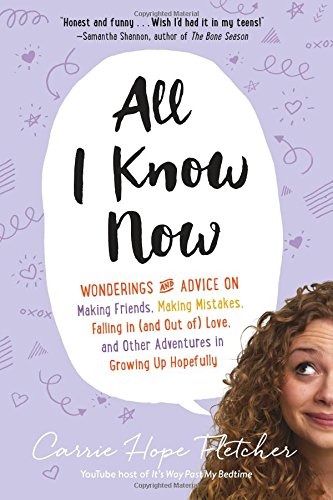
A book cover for All I Know Now: Wonderings and Advice on Making Friends, Making Mistakes, Falling in (and out of) Love, and Other Adventures in Growing Up Hopefully; Carrie Hope Fletcher; Teen & Young Adult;